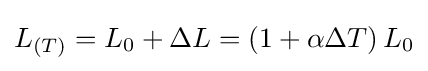
L_{\left(T\right)}=L_{0}+\Delta L=\left(1+\alpha \Delta T\right)L_{0}